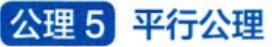
公理 5 平行公理